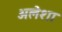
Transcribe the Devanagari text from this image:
अलेशा